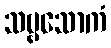
သဗ္ဗသောကံ